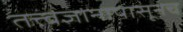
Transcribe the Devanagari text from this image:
तत्त्वज्ञानापासूनच